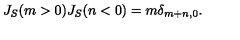
J _ { S } ( m > 0 ) J _ { S } ( n < 0 ) = m \delta _ { m + n , 0 } .